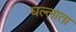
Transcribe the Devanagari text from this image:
घल्लाता